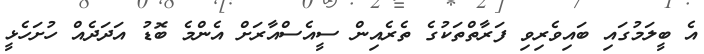
އެ ބީލަމުގައި ބައިވެރިވި ފަރާތްތަކުގެ ތެރެއިން ސީއެސްއާރަށް އެންމެ ބޮޑު އަދަދެއް ހުށަހެޅީ